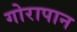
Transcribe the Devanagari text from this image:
गोरापान